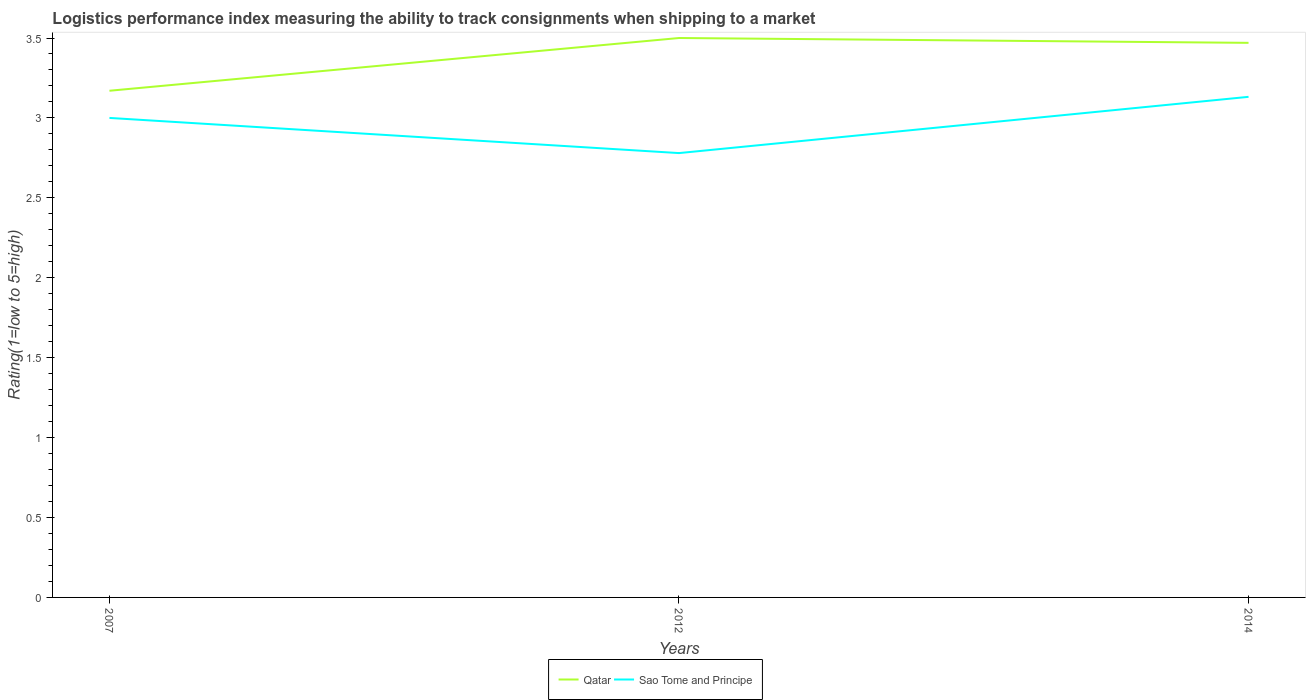
| Years | Qatar | Sao Tome and Principe |
 | --- | --- | --- |
 | 2007 | 3.17 | 3 |
 | 2012 | 3.5 | 2.78 |
 | 2014 | 3.47 | 3.13 |